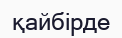
қайбірде